Bréfritari: Andrés Fjeldsted
Viðtakandi: Einar Friðgeirsson
Dagsetning: A-1891-10-28
Skrifað á: Hvítárvöllum  Borg.

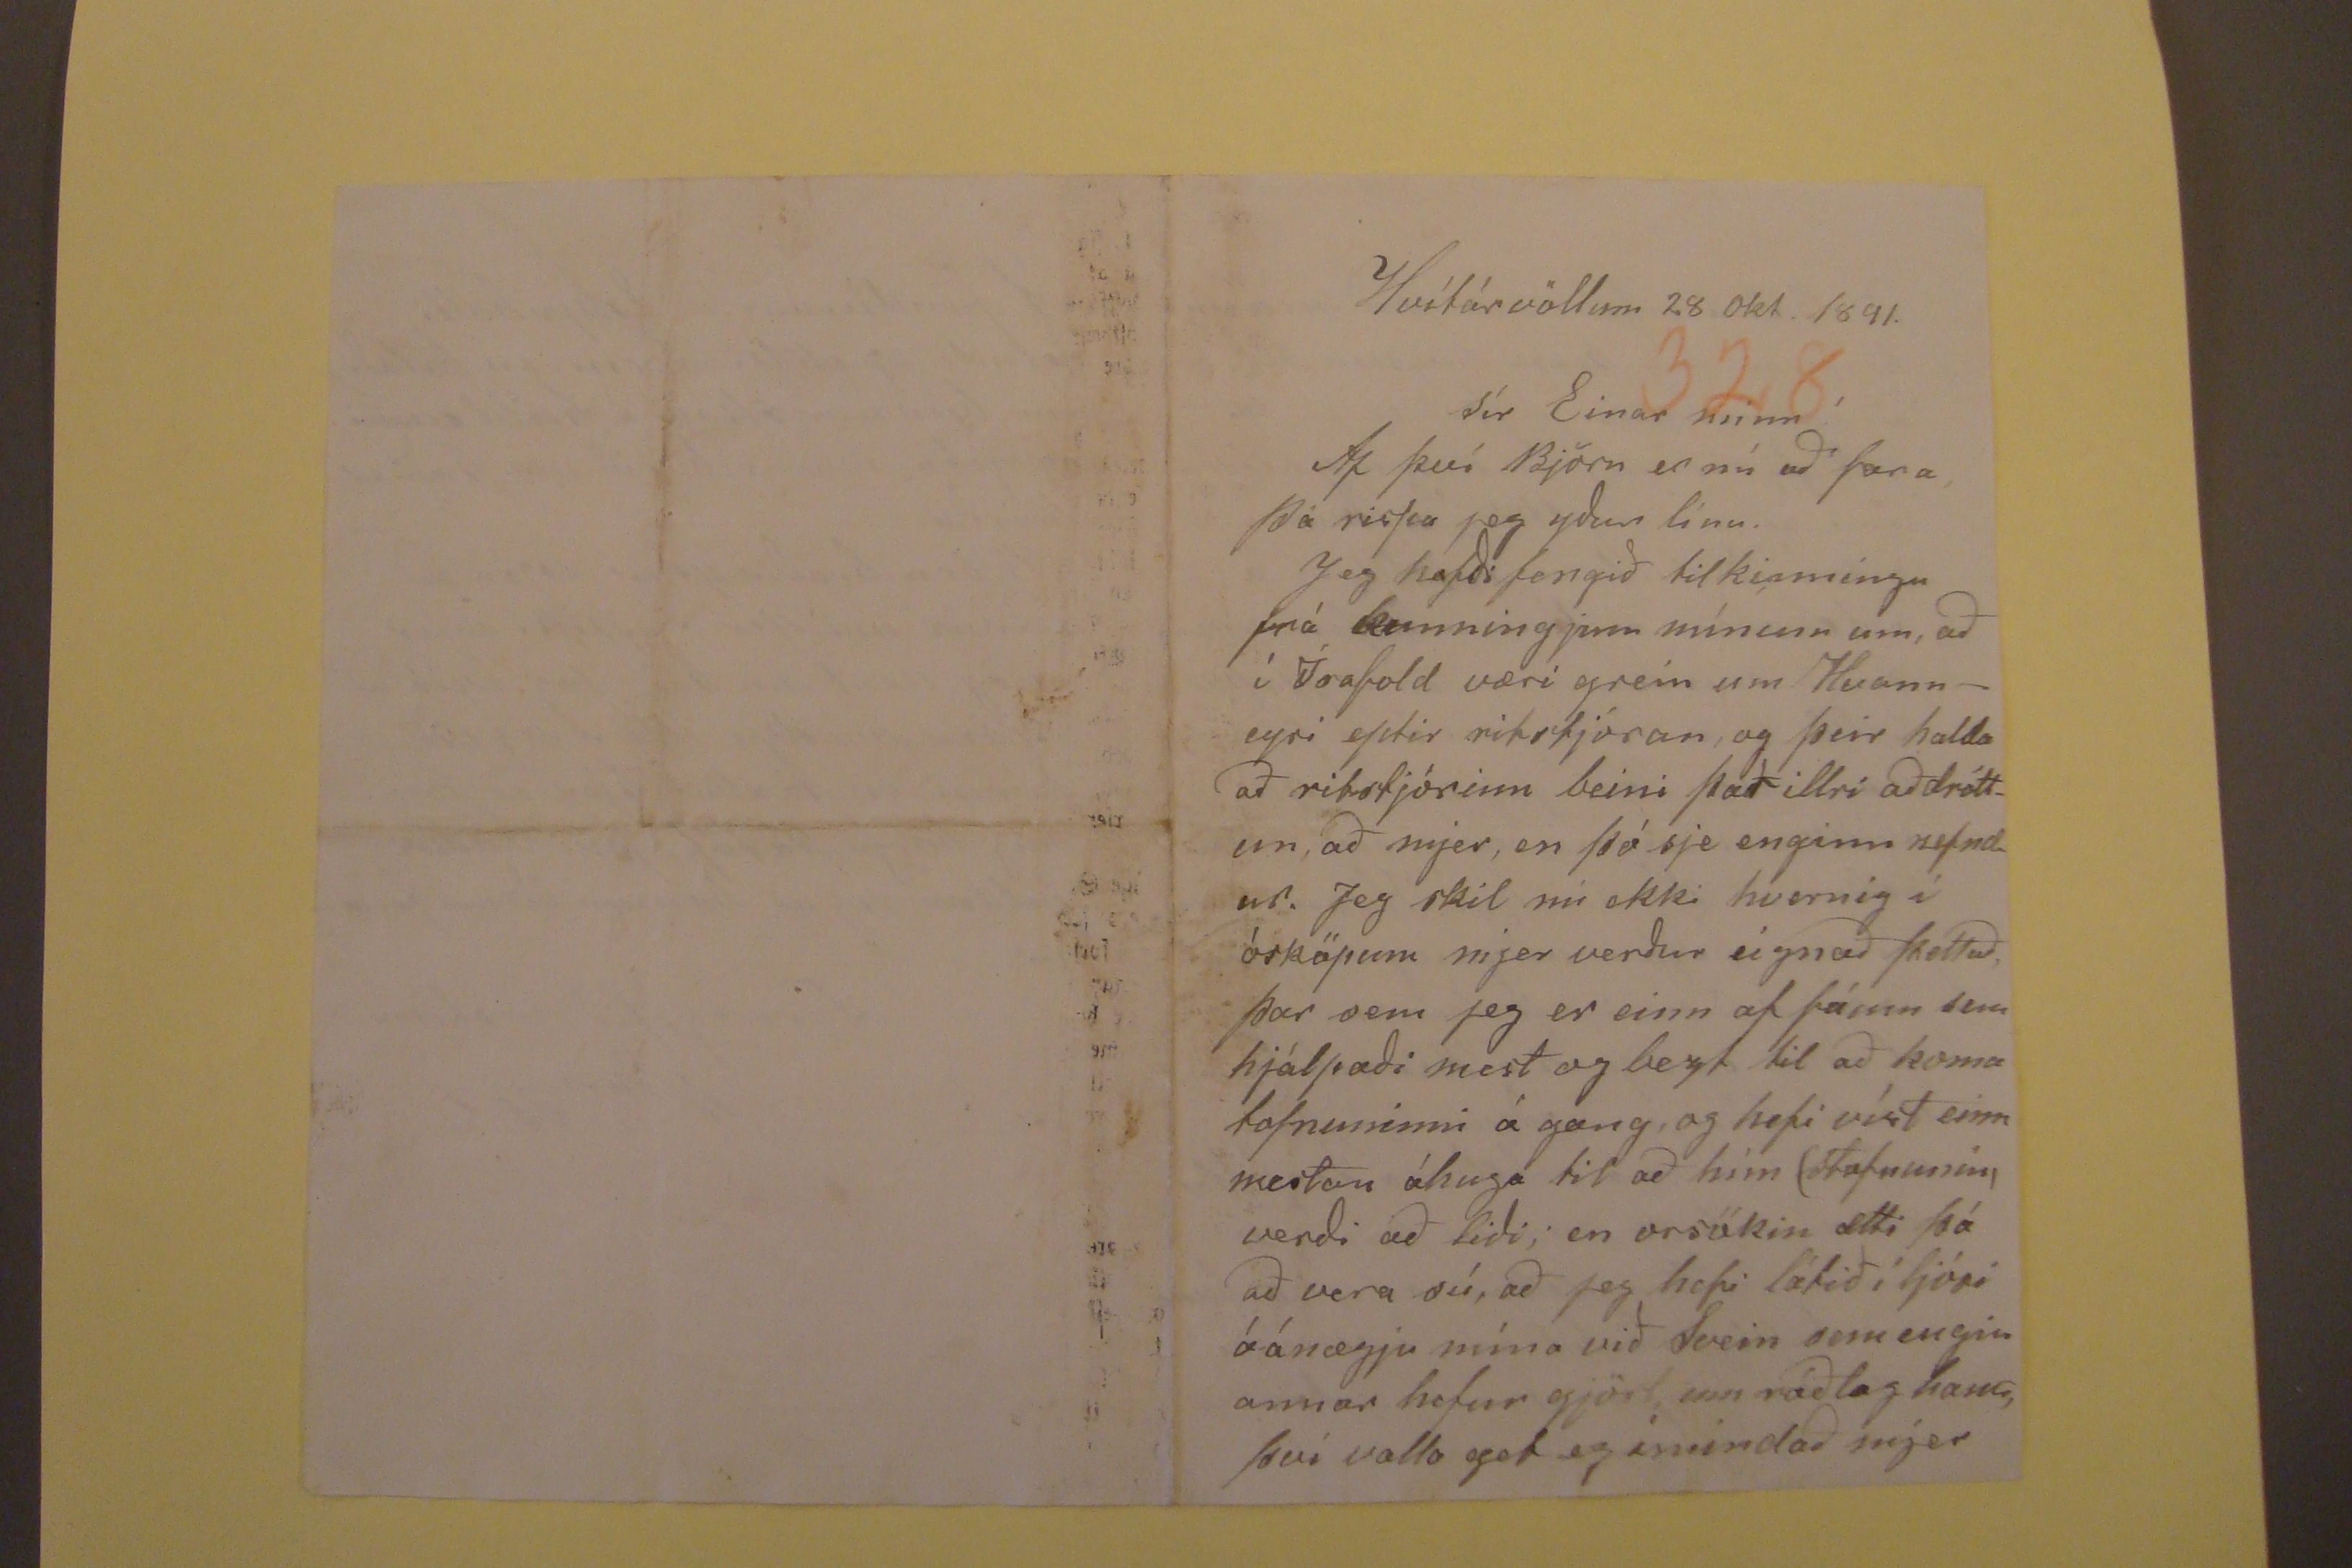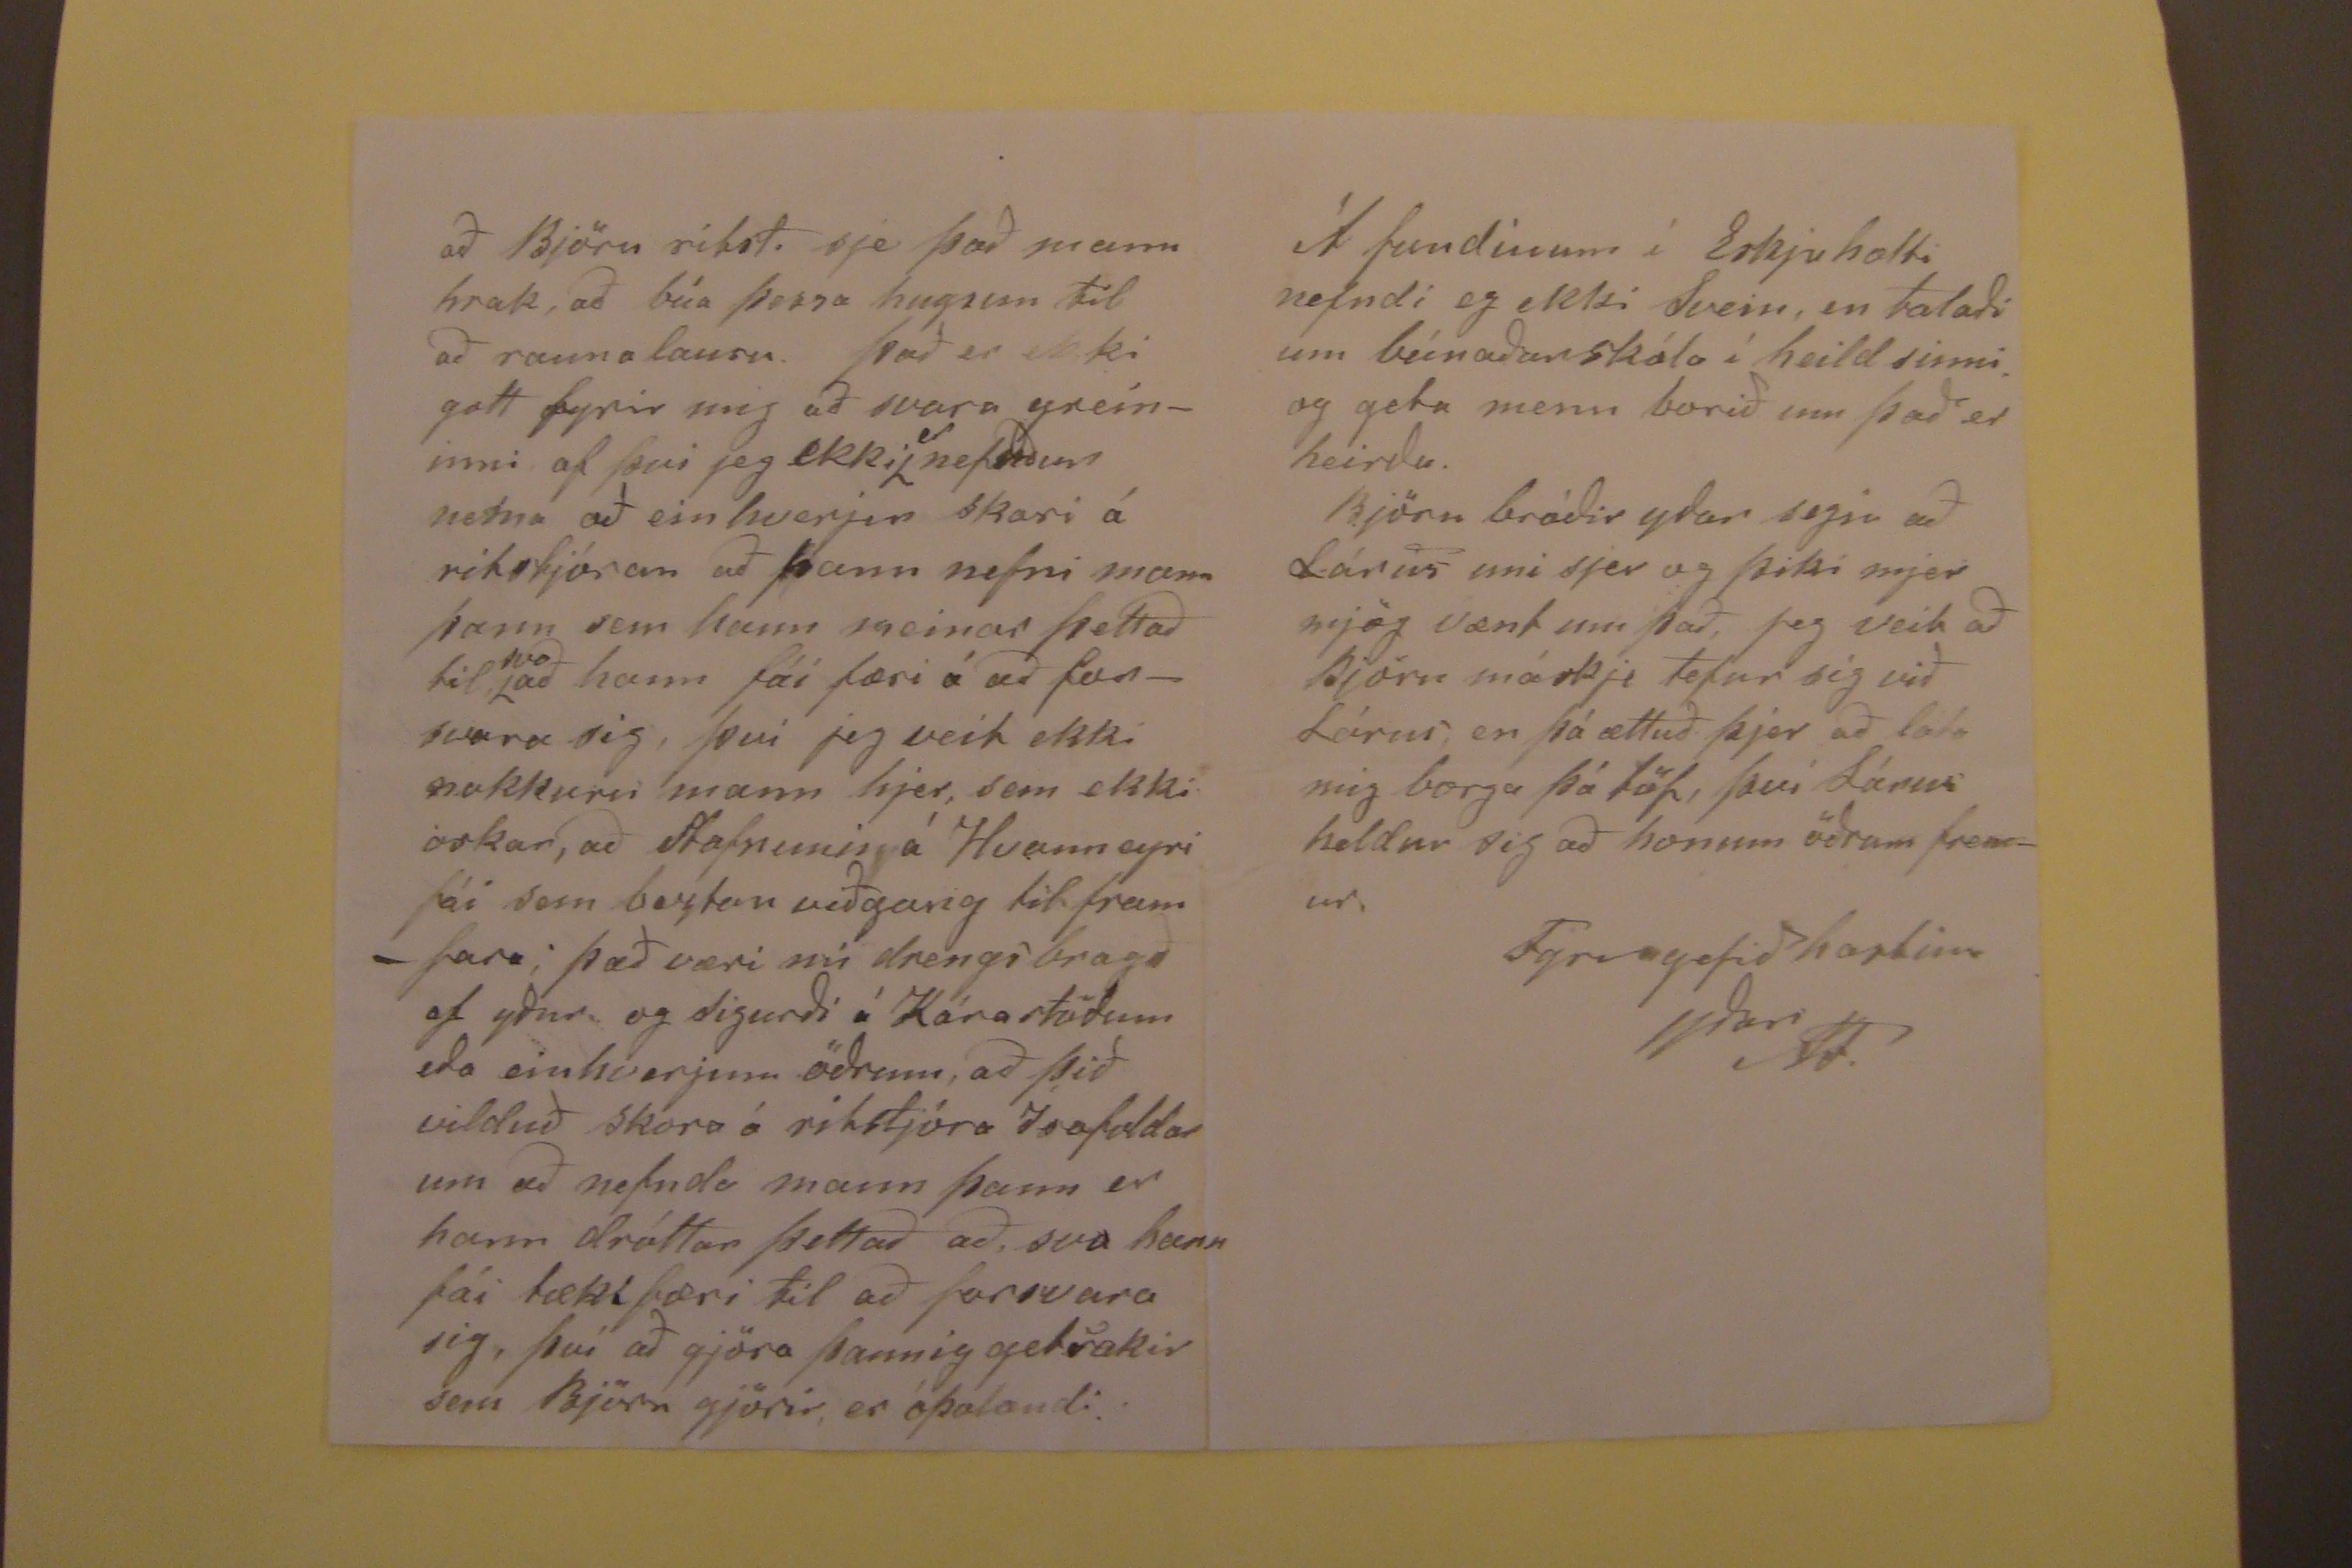

Hvítárvöllum 28 okt. 1891.
Sír Einar minn!
Af því Björn er nú að fara, þá rispa jeg yður línu. Jeg hafði fengið tilkinningu frá kunningjum mínum um, að í Ísafold væri grein um Hvanneyri eptir ritstjóran, og
þeir halda að ritstjórinn beini það illri aðdróttum, að mjer, en þó sje enginn nefndur. Jeg skil nú ekki hvernig í ósköpum mjer verður eignað þettað, þar sem jeg er
einn af fáum sem hjálpðaði mest og bezt til að koma tofnuninni á gang, og hefi víst einn mestan áhuga til að him (stofnunin, verði að liði; en orsökin ætti þá að vera
sú, að jeg hefi látið í ljósi óánægju mína við Svein sem engin annar hefur gjört enn ráðlag hans, því valla get eg imindað mjer
að BJörn rítst. sje það mannhrak, að búa þessa hugsun til að raunalausn. Það er ekki gott fyrir mig að svara greininni, af því jeg ekki
place="supralinear">er
nefndur nema að ein hverjm skari á ritstjóran að hann nefni mann þann sem hann meinar þettað til
svo að hann fái færi á að
funsvara
sig, því jeg veit ekki nokkurn mann hjer, sem ekki óskar, að Stofnunin á Hvanneyri fái sem beztan
viðgang til framfara; það væri nú drengi bragð af yður og Sigurði á Kárastöðum eða einhverjum öðrum, að þið vilduð skora á ritstjóra Ísafoldar um að nefnda mann þann
er hann dróttar þettað að, svo hann fái tækifæri til að forsvara sig, því að gjöra þannig getsakir sem Björn gjörir, er óþolandi.
Á fundinum í Eskjuholti nefndi eg ekki Svein, en talaði um búnaðarskóla í heild sinni. og geta menn borið um það er heirðu. Björn bróðir yðar segir að Lárus
uni sjer og þiki mjer mjög vænt um það, jeg veit að Björn máskje tefur sig við Lárus, en þá ættuð þjer að láta mig borga þá töf, því Lárus heldur sig að honum öðrum
fremur.
Fyrir gefið hastin
yðar AF.